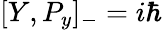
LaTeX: [Y,P_{y}]_{-}=i\hbar